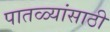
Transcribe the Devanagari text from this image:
पातळ्यांसाठी